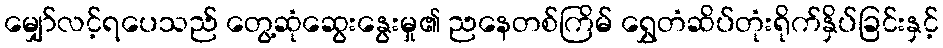
မျှော်လင့်ရပေသည် တွေ့ဆုံဆွေးနွေးမှု၏ ညနေတစ်ကြိမ် ရွှေတံဆိပ်တုံးရိုက်နှိပ်ခြင်းနှင့်